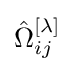
{\hat {\Omega }}_{ij}^{[\lambda ]}